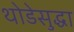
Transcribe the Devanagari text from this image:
थोडेसुद्धा